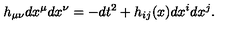
h _ { \mu \nu } d x ^ { \mu } d x ^ { \nu } = - d t ^ { 2 } + h _ { i j } ( x ) d x ^ { i } d x ^ { j } .